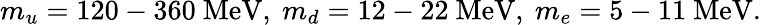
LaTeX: m_{u}=120-360\ \mathrm{MeV},\ m_{d}=12-22\ \mathrm{MeV},\ m_{e}=5-11\ \mathrm{MeV}.